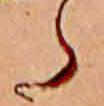
ら